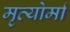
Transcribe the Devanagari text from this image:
मृत्योर्मा